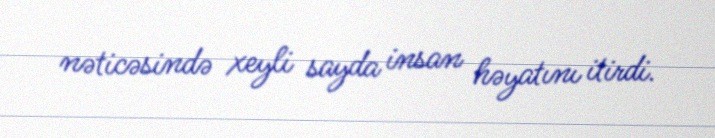
nəticəsində xeyli sayda insan həyatını itirdi.